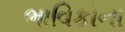
ભાવિકોના